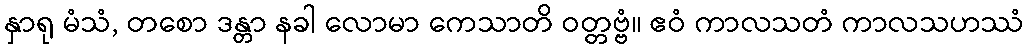
နှာရု မံသံ, တစော ဒန္တာ နခါ လောမာ ကေသာတိ ဝတ္တဗ္ဗံ။ ဧဝံ ကာလသတံ ကာလသဟဿံ